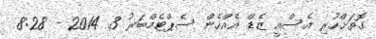
ގޮތަށްހުރި އެސްއީ ޒެޑް އެއްހެން ސެޕްޓެމްބަރު 3